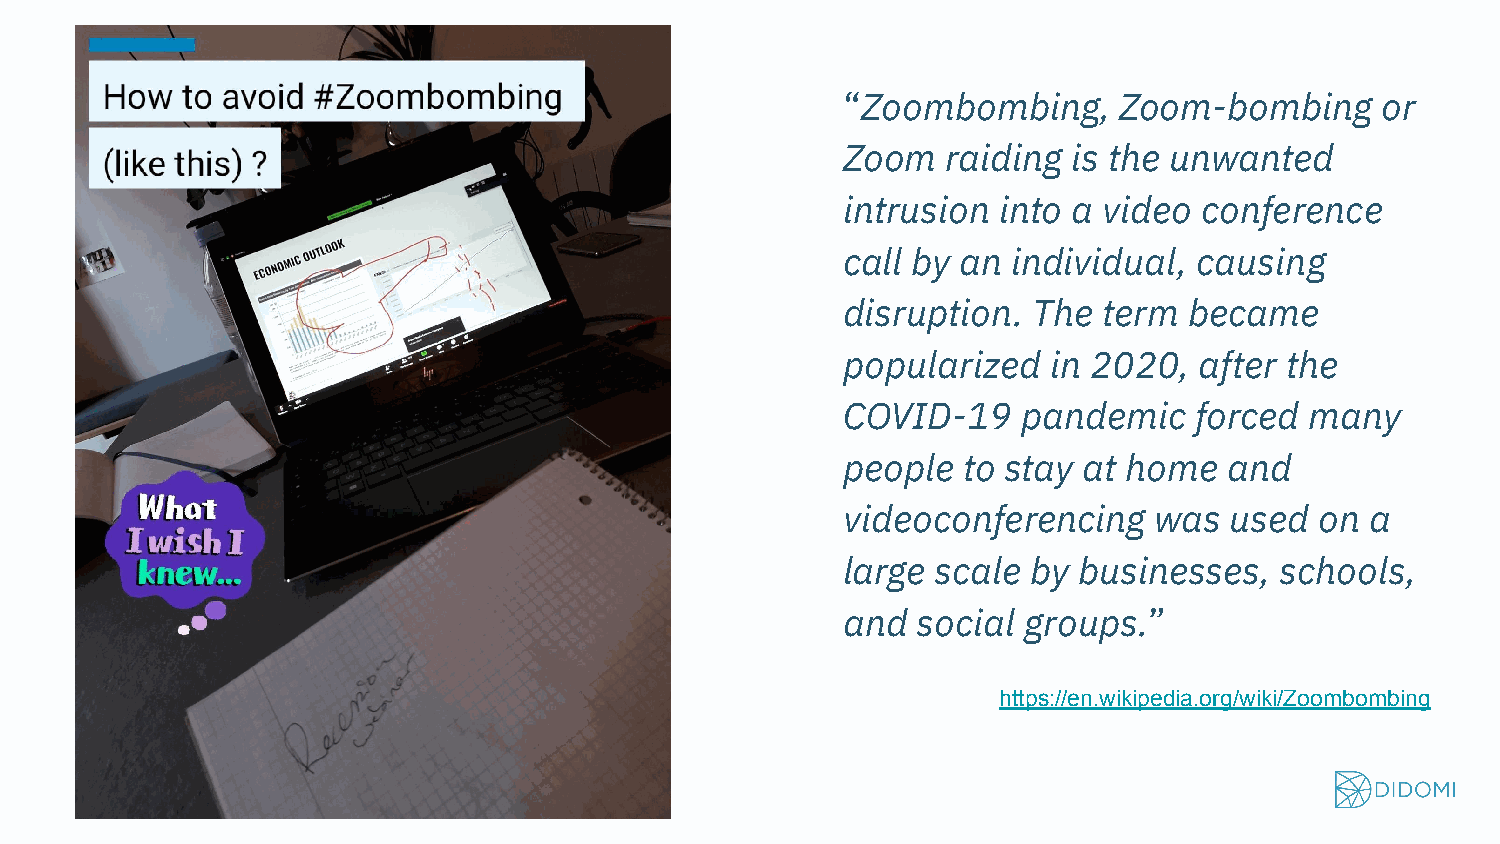
“Zoombombing,     Zoom-bombing     or
 Zoom   raiding is the unwanted
 intrusion into a video  conference
 call by an individual, causing
 disruption. The  term  became
 popularized   in 2020, after the
 COVID-19    pandemic   forced  many
 people  to stay at home  and
 videoconferencing   was  used  on  a
 large scale by businesses,   schools,
 and  social groups.”
 https://en.wikipedia.org/wiki/Zoombombing